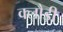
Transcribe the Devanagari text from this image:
क्लौडी